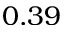
0 . 3 9